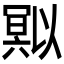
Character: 𭂄